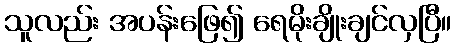
သူလည်း အပန်းဖြေ၍ ရေမိုးချိုးချင်လှပြီ။